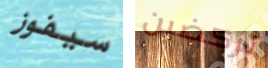
سيفوز تركضين